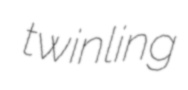
twinling